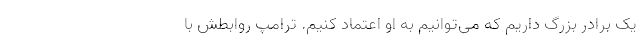
یک برادر بزرگ داریم که می‌توانیم به او اعتماد کنیم. ترامپ روابطش با